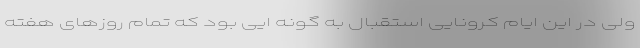
ولی در این ایام کرونایی استقبال به گونه ایی بود که تمام روزهای هفته